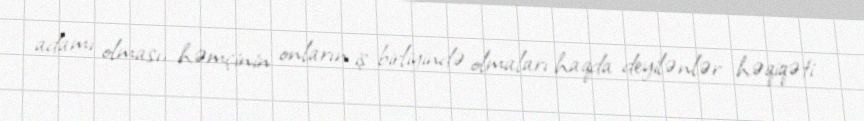
adamı olması, həmçinin onların iş birliyində olmaları haqda deyilənlər həqiqəti